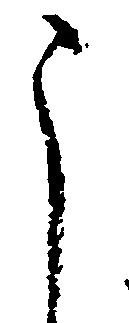
う